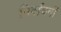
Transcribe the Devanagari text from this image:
निर्वाचनॉ